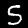
Digit: 5